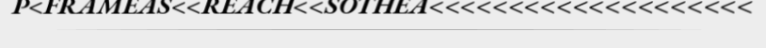
P<FRAMEAS<<REACH<<SOTHEA<<<<<<<<<<<<<<<<<<<<